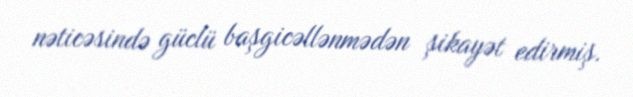
nəticəsində güclü başgicəllənmədən şikayət edirmiş.